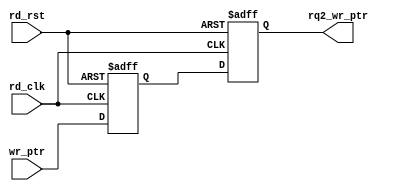
`timescale 1ns / 1ps
//////////////////////////////////////////////////////////////////////////////////
// Company: 
// Engineer: 
// 
// Design Name: 
// Module Name: sync_w2r
// Project Name: 
// Target Devices: 
// Tool Versions: 
// Description: 
// 
// Dependencies: 
// 
// Revision:
// Revision 0.01 - File Created
// Additional Comments:
// 
//////////////////////////////////////////////////////////////////////////////////


module sync_w2r (output reg [5:0] rq2_wr_ptr, input [5:0] wr_ptr,input rd_clk, rd_rst);
 reg [5:0] rq1_wptr;
 always @(posedge rd_clk, posedge rd_rst)
 if (rd_rst) 
    {rq2_wr_ptr,rq1_wptr} <= 0;
 else 
    {rq2_wr_ptr,rq1_wptr} <= {rq1_wptr,wr_ptr};
endmodule